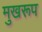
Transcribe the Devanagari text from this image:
मुखरूप